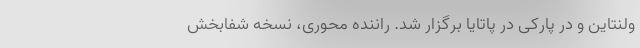
ولنتاین و در پارکی در پاتایا برگزار شد. راننده محوری، نسخه شفابخش